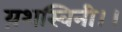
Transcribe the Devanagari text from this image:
य़शस्विनी।।